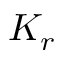
K _ { r }